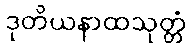
ဒုတိယနာထသုတ္တံ